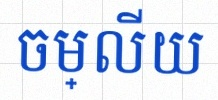
ចម្លើយ